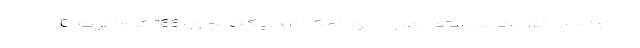
C می تواند به تقویت سیستم ایمنی بدن کمک کند. یک فنجان (166 گرم) توت